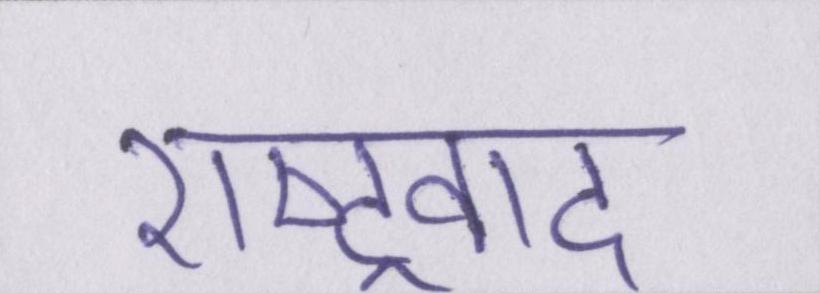
राष्ट्रवाद